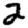
Digit: 2